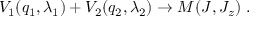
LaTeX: V _ { 1 } ( q _ { 1 } , \lambda _ { 1 } ) + V _ { 2 } ( q _ { 2 } , \lambda _ { 2 } ) \to M ( J , J _ { z } ) \ .